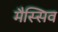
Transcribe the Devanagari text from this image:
मैस्सिव